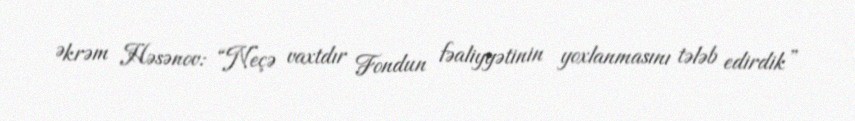
Əkrəm Həsənov: “Neçə vaxtdır Fondun fəaliyyətinin yoxlanmasını tələb edirdik”